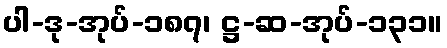
ပါ-ဒု-အုပ်-၁၈၇၊ ဋ္ဌ-ဆ-အုပ်-၁၃၁။